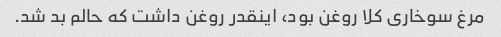
مرغ سوخاری کلا روغن بود، اینقدر روغن داشت که حالم بد شد.